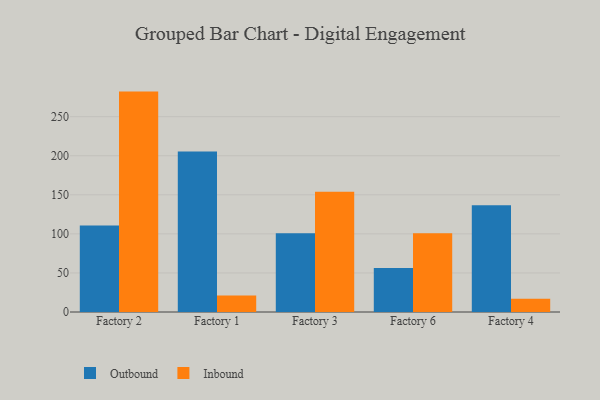
{"axis": {"x": "Factory", "y": "Backlog"}, "legend": ["Inbound", "Outbound"], "data": [{"x": "Factory 2", "y": 110.7, "type": "Outbound"}, {"x": "Factory 2", "y": 282.1, "type": "Inbound"}, {"x": "Factory 1", "y": 205.5, "type": "Outbound"}, {"x": "Factory 1", "y": 21.1, "type": "Inbound"}, {"x": "Factory 3", "y": 100.9, "type": "Outbound"}, {"x": "Factory 3", "y": 154.0, "type": "Inbound"}, {"x": "Factory 6", "y": 56.3, "type": "Outbound"}, {"x": "Factory 6", "y": 100.7, "type": "Inbound"}, {"x": "Factory 4", "y": 136.6, "type": "Outbound"}, {"x": "Factory 4", "y": 16.8, "type": "Inbound"}]}